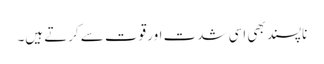
ناپسند بھی اسی شدت اور قوت سے کرتے ہیں۔